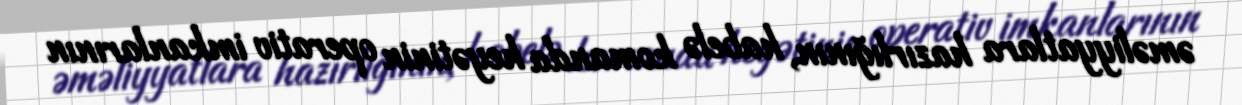
əməliyyatlara hazırlığının, habelə komanda heyətinin operativ imkanlarının